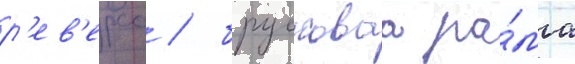
р'ев'ерса / брусковаа ра́ма